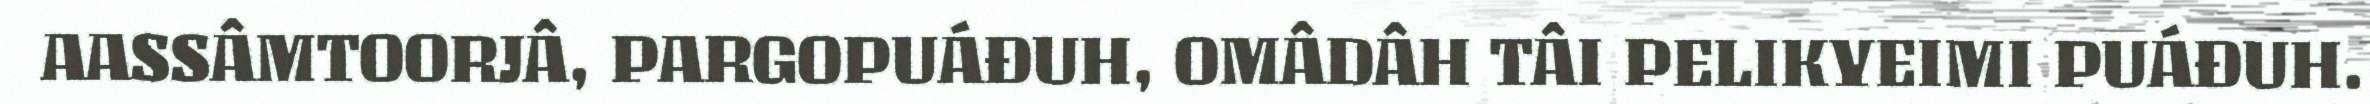
AASSÂMTOORJÂ, PARGOPUÁĐUH, OMÂDÂH TÂI PELIKYEIMI PUÁĐUH.